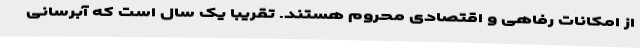
از امكانات رفاهی و اقتصادی محروم هستند. تقریبا یک سال است که آبرسانی